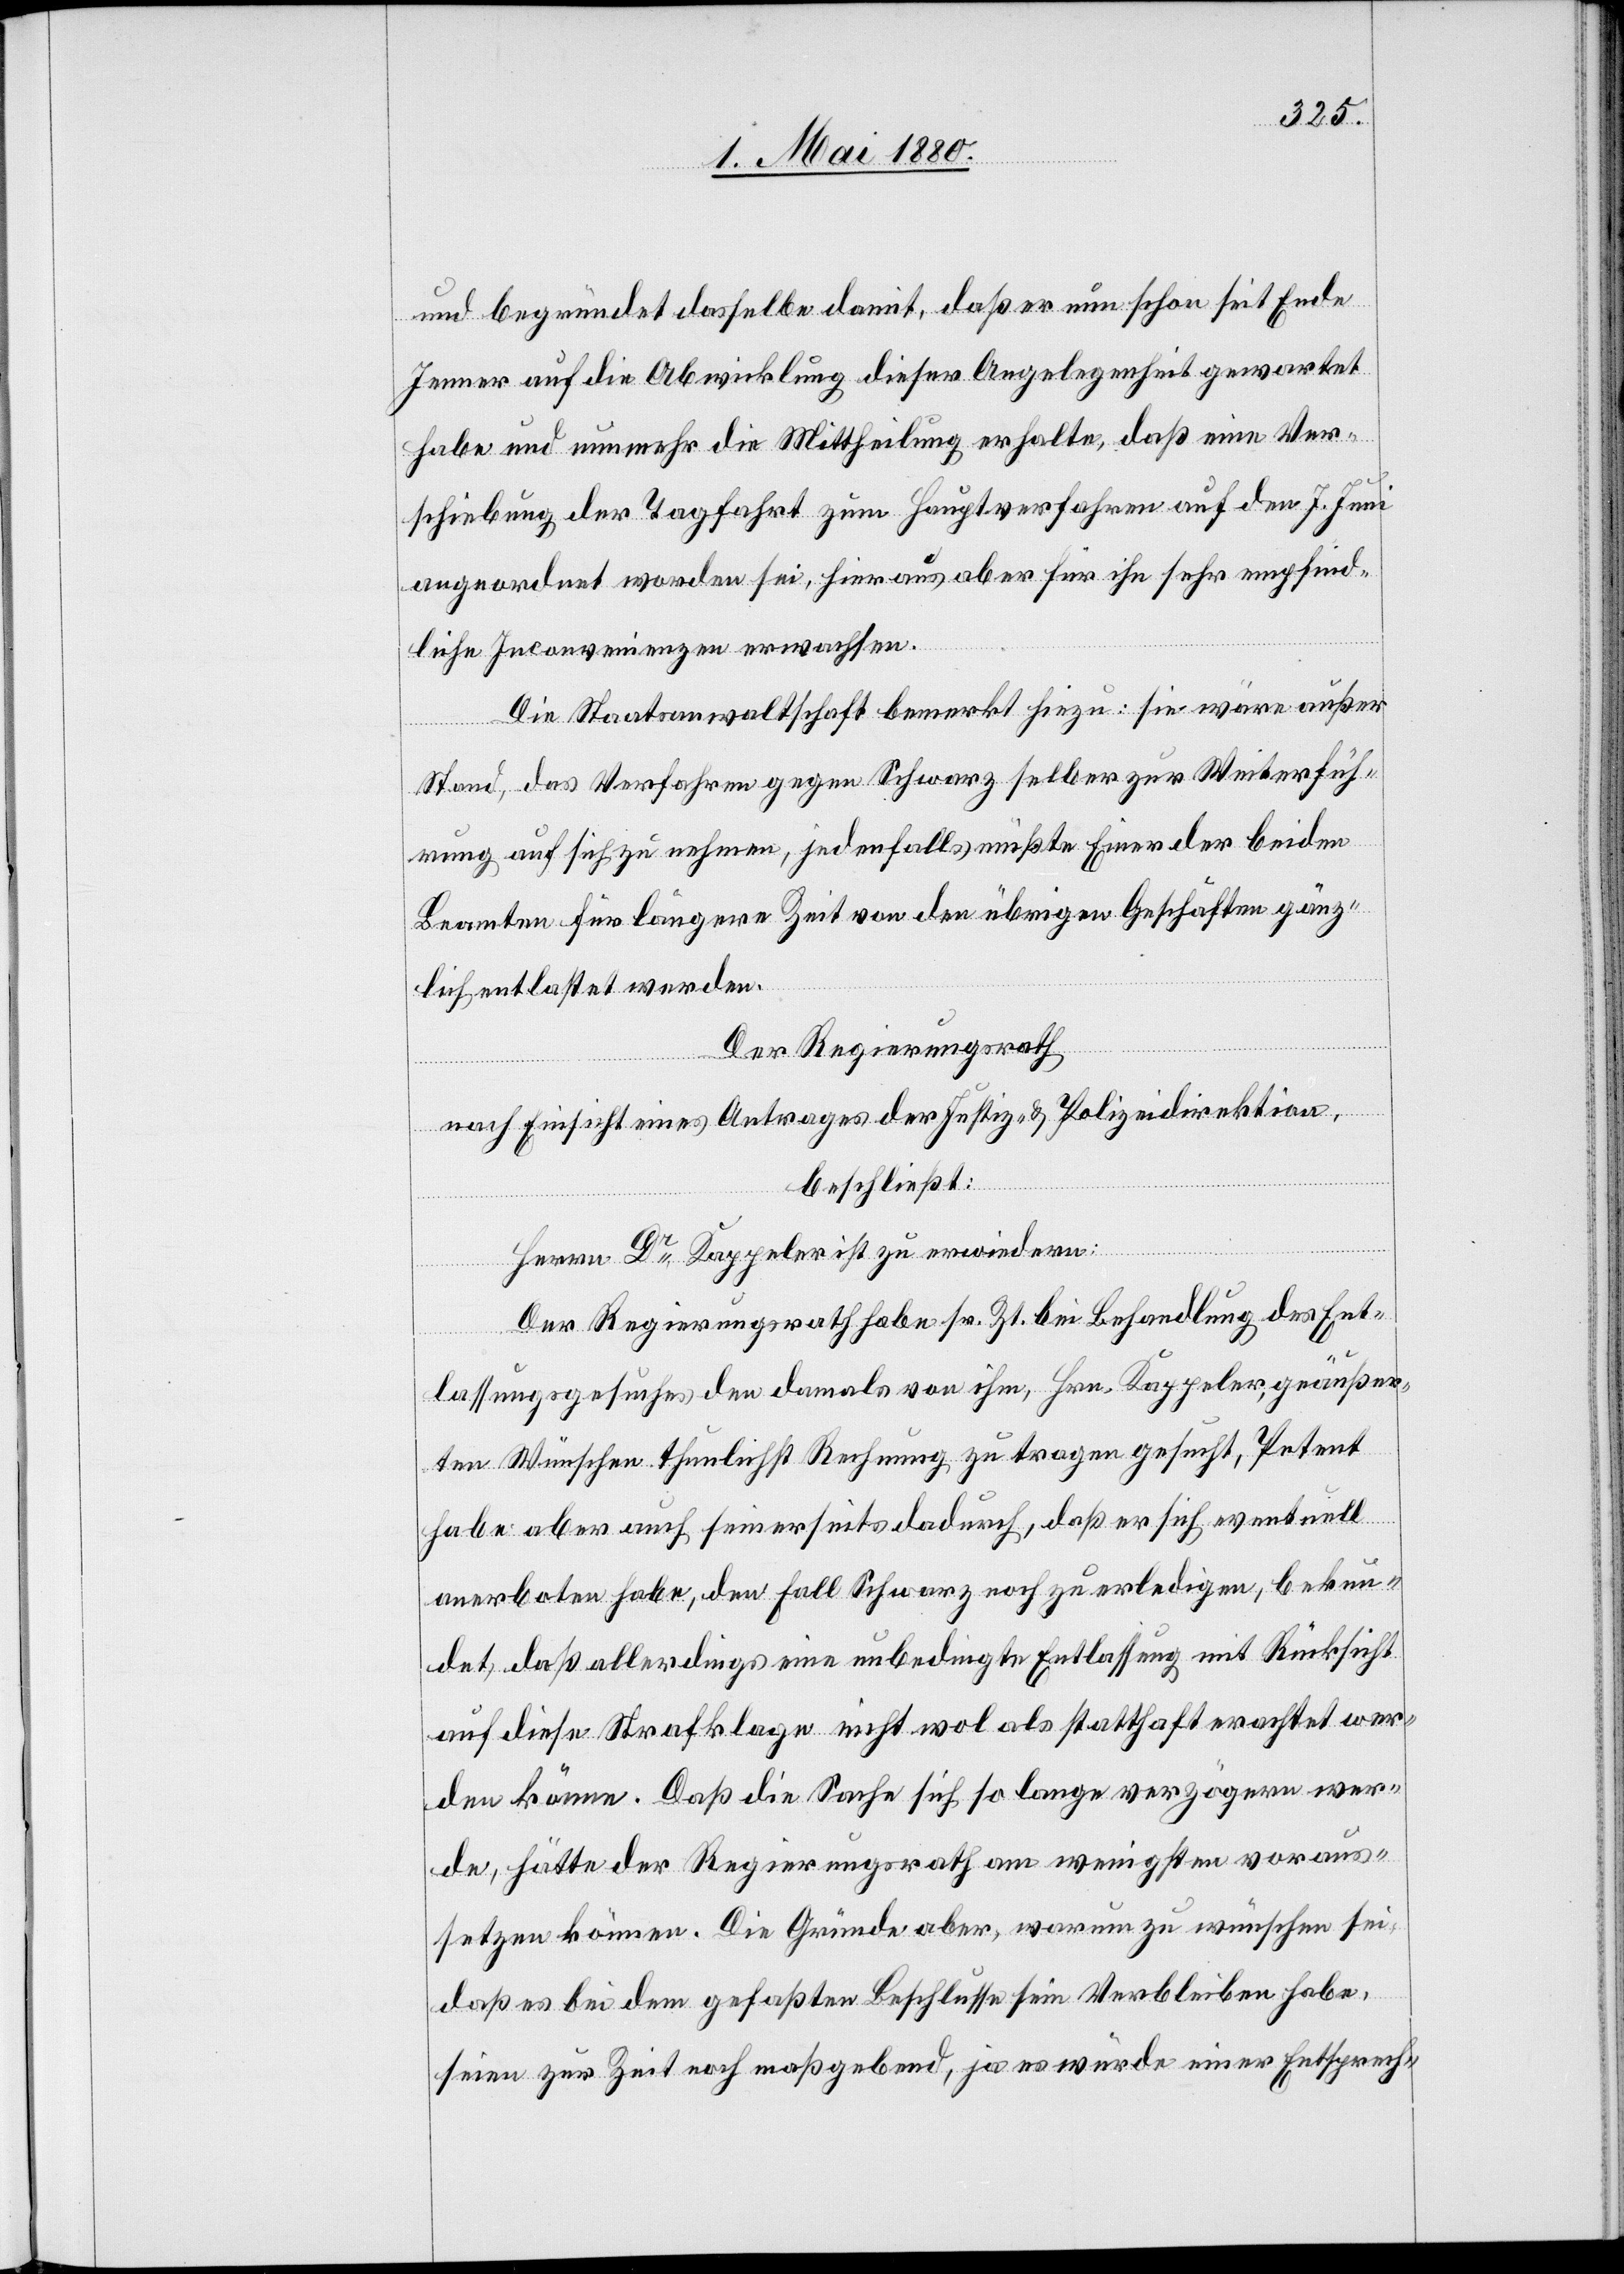
und begründet dasselbe damit, daß er nun schon seit Ende
Jenner auf die Abwicklung dieser Angelegenheit gewartet
habe und nunmehr die Mittheilung erhalte, daß eine Ver¬
schiebung der Tagfahrt zum Hauptverfahren auf den 7. Juni
angeordnet worden sei, hieraus aber für ihn sehr empfind¬
liche Inconvenienzen erwachsen.
Die Staatsanwaltschaft bemerkt hiezu: sie wäre außer
Stand, das Verfahren gegen Schwarz selber zur Weiterfüh¬
rung auf sich zu nehmen, jedenfalls müßte Einer der beiden
Beamten für längere Zeit von den übrigen Geschäften gänz¬
lich entlastet werden.
Der Regierungsrath,
nach Einsicht eines Antrages der Justiz- & Polizeidirektion,
beschließt:
Herrn Dr Kappeler ist zu erwiedern:
Der Regierungsrath habe sr. Zt. bei Behandlung des Ent¬
lassungsgesuches den damals von ihm, Hrn. Kappeler, geäußer¬
ten Wünschen thunlichst Rechnung zu tragen gesucht, Petent
habe aber auch seinerseits dadurch, daß er sich eventuell
anerboten habe, den Fall Schwarz noch zu erledigen, bekun¬
det, daß allerdings eine unbedingte Entlassung mit Rücksicht
auf diese Strafklage nicht wol als statthaft erachtet wer¬
den könne. Daß die Sache sich so lange verzögern wer¬
de, hätte der Regierungsrath am wenigstens voraus¬
setzen können. Die Gründe aber, warum zu wünschen sei,
daß es bei dem gefaßten Beschlusse sein Verbleiben habe,
seien zur Zeit noch maßgebend, ja es würde einer Entsprech-